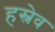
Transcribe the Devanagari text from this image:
हस्नेव